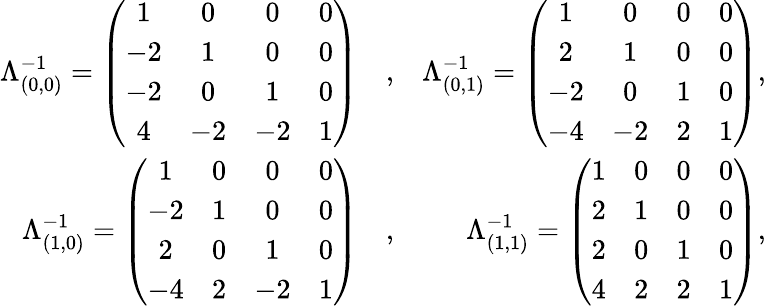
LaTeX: \begin{array}{rlr}{\Lambda_{(0,0)}^{-1}=\left(\begin{array}{cccc}{1}&{0}&{0}&{0}\\ {-2}&{1}&{0}&{0}\\ {-2}&{0}&{1}&{0}\\ {4}&{-2}&{-2}&{1}\end{array}\right)}&{,}&{\Lambda_{(0,1)}^{-1}=\left(\begin{array}{cccc}{1}&{0}&{0}&{0}\\ {2}&{1}&{0}&{0}\\ {-2}&{0}&{1}&{0}\\ {-4}&{-2}&{2}&{1}\end{array}\right),}\\ {\Lambda_{(1,0)}^{-1}=\left(\begin{array}{cccc}{1}&{0}&{0}&{0}\\ {-2}&{1}&{0}&{0}\\ {2}&{0}&{1}&{0}\\ {-4}&{2}&{-2}&{1}\end{array}\right)}&{,}&{\Lambda_{(1,1)}^{-1}=\left(\begin{array}{cccc}{1}&{0}&{0}&{0}\\ {2}&{1}&{0}&{0}\\ {2}&{0}&{1}&{0}\\ {4}&{2}&{2}&{1}\end{array}\right),}\end{array}